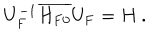
U _ { \bf F } ^ { { - 1 } } \overline { { { H _ { { \bf F } 0 } } } } { U } _ { \bf F } = H \: .